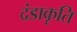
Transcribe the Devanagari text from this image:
दंडाकृति